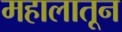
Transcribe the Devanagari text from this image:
महालातून